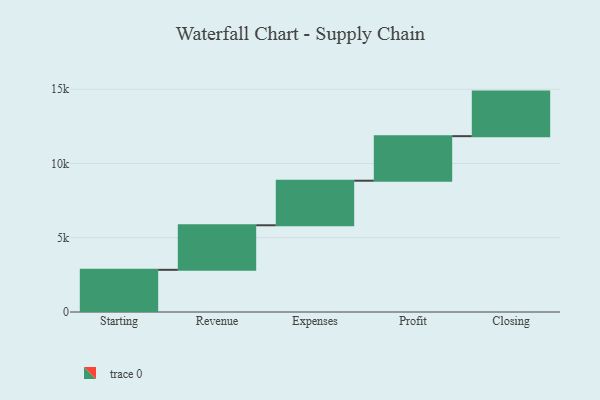
{"axis": {"x": "Step", "y": "Value"}, "legend": [""], "data": [{"x": "Starting", "y": 2840.0, "type": ""}, {"x": "Revenue", "y": 3000, "type": ""}, {"x": "Expenses", "y": 3000, "type": ""}, {"x": "Profit", "y": 3000, "type": ""}, {"x": "Closing", "y": 3000, "type": ""}]}